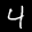
Label: 4